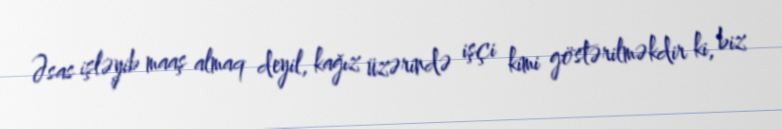
Əsas işləyib maaş almaq deyil, kağız üzərində işçi kimi göstərilməkdir ki, biz